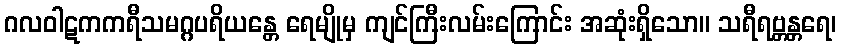
ဂလဝါဋကကရီသမဂ္ဂပရိယန္တေ ရေမျိုမှ ကျင်ကြီးလမ်းကြောင်း အဆုံးရှိသော။ သရီရဗ္တန္တရေ၊